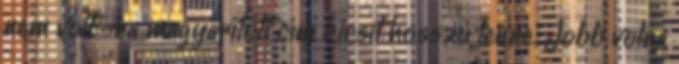
nem volt”-ra magyarított cím kicsit hosszú lenne. Jobb volna